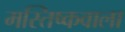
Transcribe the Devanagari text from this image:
मस्तिष्कवाला